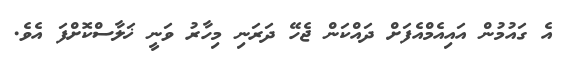
އެ ގައުމުން އައިއެމްއެފަށް ދައްކަން ޖެހޭ ދަރަނި މިހާރު ވަނީ ޚަލާސްކޮށްފަ އެވެ.